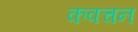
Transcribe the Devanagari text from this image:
कवचन